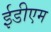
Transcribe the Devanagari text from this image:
ईडीएम